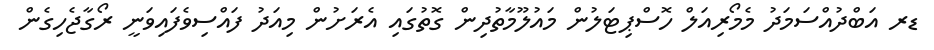
ޑރ އަބްދުއްސަމަދު މެމޯރިއަލް ހޮސްޕިޓަލުން މައުލޫމާތުދިން ގޮތުގައި އެރަށުން މިއަދު ފައްސިވެފައިވަނީ ރޯގާޖެހިގެން